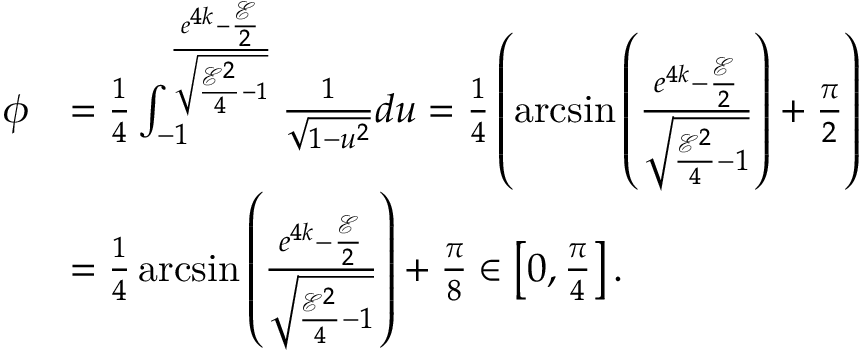
\begin{array} { r l } { \phi } & { = \frac { 1 } { 4 } \int _ { - 1 } ^ { \frac { e ^ { 4 k } - \frac { \mathcal { E } } { 2 } } { \sqrt { \frac { \mathcal { E } ^ { 2 } } { 4 } - 1 } } } \frac { 1 } { \sqrt { 1 - u ^ { 2 } } } d u = \frac { 1 } { 4 } \left( \arcsin \left( { \frac { e ^ { 4 k } - \frac { \mathcal { E } } { 2 } } { \sqrt { \frac { \mathcal { E } ^ { 2 } } { 4 } - 1 } } } \right) + \frac { \pi } { 2 } \right) } \\ & { = \frac { 1 } { 4 } \arcsin \left( { \frac { e ^ { 4 k } - \frac { \mathcal { E } } { 2 } } { \sqrt { \frac { \mathcal { E } ^ { 2 } } { 4 } - 1 } } } \right) + \frac { \pi } { 8 } \in \left[ 0 , \frac { \pi } { 4 } \right] . } \end{array}